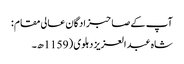
آپ کے صاحبزادگان عالی مقام :
شاہ عبد العزیز دہلوی ( 1159ھ۔